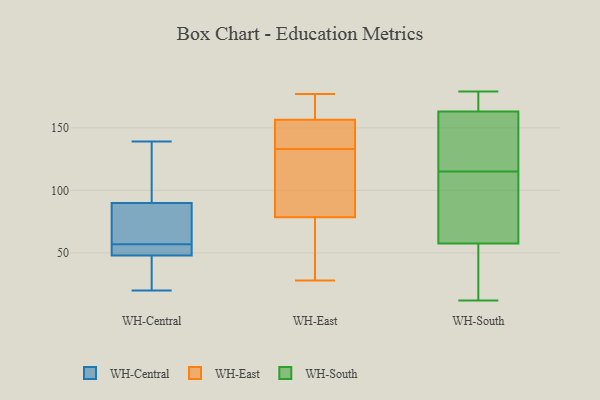
{"axis": {"x": "Budget (USD K)", "y": "Value"}, "legend": ["WH-Central", "WH-East", "WH-South"], "data": [{"x": "", "y": 114, "type": "WH-Central"}, {"x": "", "y": 48, "type": "WH-Central"}, {"x": "", "y": 24, "type": "WH-Central"}, {"x": "", "y": 139, "type": "WH-Central"}, {"x": "", "y": 87, "type": "WH-Central"}, {"x": "", "y": 56, "type": "WH-Central"}, {"x": "", "y": 58, "type": "WH-Central"}, {"x": "", "y": 90, "type": "WH-Central"}, {"x": "", "y": 55, "type": "WH-Central"}, {"x": "", "y": 20, "type": "WH-Central"}, {"x": "", "y": 154, "type": "WH-East"}, {"x": "", "y": 59, "type": "WH-East"}, {"x": "", "y": 173, "type": "WH-East"}, {"x": "", "y": 119, "type": "WH-East"}, {"x": "", "y": 146, "type": "WH-East"}, {"x": "", "y": 28, "type": "WH-East"}, {"x": "", "y": 164, "type": "WH-East"}, {"x": "", "y": 133, "type": "WH-East"}, {"x": "", "y": 81, "type": "WH-East"}, {"x": "", "y": 77, "type": "WH-East"}, {"x": "", "y": 141, "type": "WH-East"}, {"x": "", "y": 79, "type": "WH-East"}, {"x": "", "y": 177, "type": "WH-East"}, {"x": "", "y": 62, "type": "WH-South"}, {"x": "", "y": 37, "type": "WH-South"}, {"x": "", "y": 161, "type": "WH-South"}, {"x": "", "y": 120, "type": "WH-South"}, {"x": "", "y": 179, "type": "WH-South"}, {"x": "", "y": 44, "type": "WH-South"}, {"x": "", "y": 162, "type": "WH-South"}, {"x": "", "y": 115, "type": "WH-South"}, {"x": "", "y": 167, "type": "WH-South"}, {"x": "", "y": 12, "type": "WH-South"}, {"x": "", "y": 75, "type": "WH-South"}, {"x": "", "y": 166, "type": "WH-South"}, {"x": "", "y": 92, "type": "WH-South"}]}